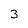
Character: 3